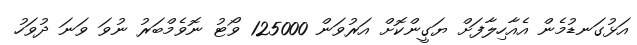
އަޅުގަނޑުމެން އެއާހިލާފަށް ޔަގީންކޮށް އަރުވަން 125000 ވޯޓު ނޮވެމްބަރު ނުވަ ވަނަ ދުވަހު